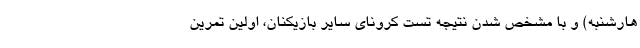
هارشنبه) و با مشخص شدن نتیجه تست کرونای سایر بازیکنان، اولین تمرین